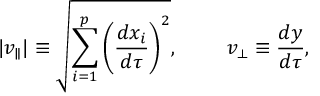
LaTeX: | v _ { \parallel } | \equiv \sqrt { \sum _ { i = 1 } ^ { p } \left( { \frac { d x _ { i } } { d \tau } } \right) ^ { 2 } } , \ \ \ \ \ \ \ v _ { \perp } \equiv { \frac { d y } { d \tau } } ,